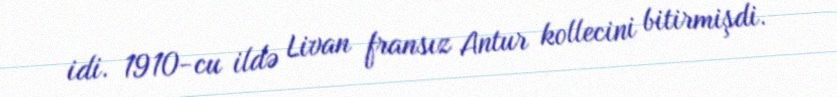
idi. 1910-cu ildə Livan fransız Antur kollecini bitirmişdi.